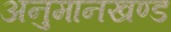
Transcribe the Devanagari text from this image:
अनुमानखण्ड